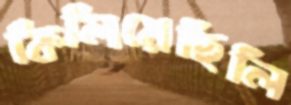
কিলিয়েছিলি